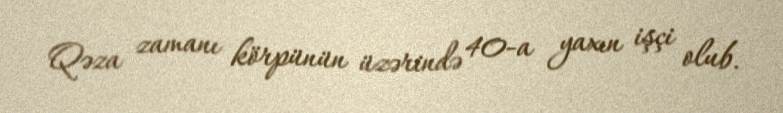
Qəza zamanı körpünün üzərində 40-a yaxın işçi olub.